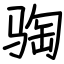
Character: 𫘦